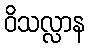
ဝိသလ္လာန